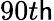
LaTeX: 90t\mathsf{h}